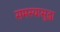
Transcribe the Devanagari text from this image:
समस्यासुद्धा